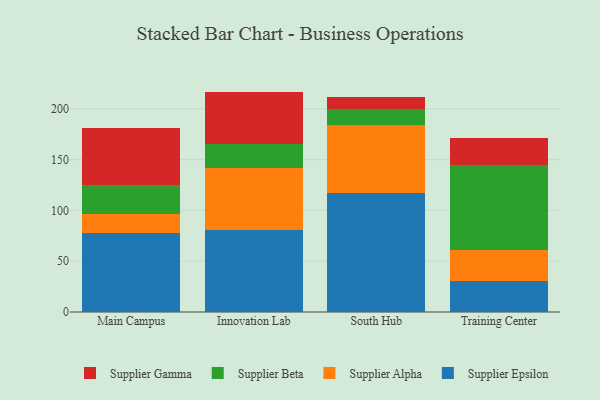
{"axis": {"x": "Campus", "y": "Production Output"}, "legend": ["Supplier Alpha", "Supplier Beta", "Supplier Epsilon", "Supplier Gamma"], "data": [{"x": "Main Campus", "y": 77.5, "type": "Supplier Epsilon"}, {"x": "Main Campus", "y": 19.2, "type": "Supplier Alpha"}, {"x": "Main Campus", "y": 28.5, "type": "Supplier Beta"}, {"x": "Main Campus", "y": 55.8, "type": "Supplier Gamma"}, {"x": "Innovation Lab", "y": 80.3, "type": "Supplier Epsilon"}, {"x": "Innovation Lab", "y": 61.4, "type": "Supplier Alpha"}, {"x": "Innovation Lab", "y": 23.9, "type": "Supplier Beta"}, {"x": "Innovation Lab", "y": 51.3, "type": "Supplier Gamma"}, {"x": "South Hub", "y": 116.7, "type": "Supplier Epsilon"}, {"x": "South Hub", "y": 67.4, "type": "Supplier Alpha"}, {"x": "South Hub", "y": 15.5, "type": "Supplier Beta"}, {"x": "South Hub", "y": 11.5, "type": "Supplier Gamma"}, {"x": "Training Center", "y": 30.8, "type": "Supplier Epsilon"}, {"x": "Training Center", "y": 30.7, "type": "Supplier Alpha"}, {"x": "Training Center", "y": 83.1, "type": "Supplier Beta"}, {"x": "Training Center", "y": 27.0, "type": "Supplier Gamma"}]}